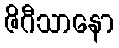
ဇိဂီသာနော